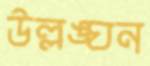
উল্লঙ্ঘন